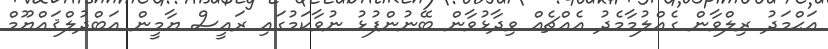
އަޙްމަދު ރިލްވާން ގެއްލުމާމެދު އެއްޗެއް ވިދާޅުވާން ބޭނުންފުޅު ނުވާކަމުގައި ރައީސް ޔާމީން އަބްދުލްޤައްޔޫމް